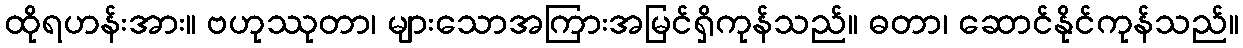
ထိုရဟန်းအား။ ဗဟုဿုတာ၊ များသောအကြားအမြင်ရှိကုန်သည်။ ဓတာ၊ ဆောင်နိုင်ကုန်သည်။